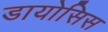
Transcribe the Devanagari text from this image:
डायोसिस